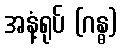
အနံ့ရုပ် (ဂန္ဓ)